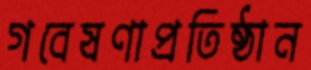
গবেষণাপ্রতিষ্ঠান